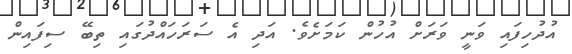
އުދުހިފައި ވަނީ ވަރަށް އުހުން ކަމަށެވެ. އަދި އެ ސަރަހައްދުގައި ތިބޭ ސިފައިން